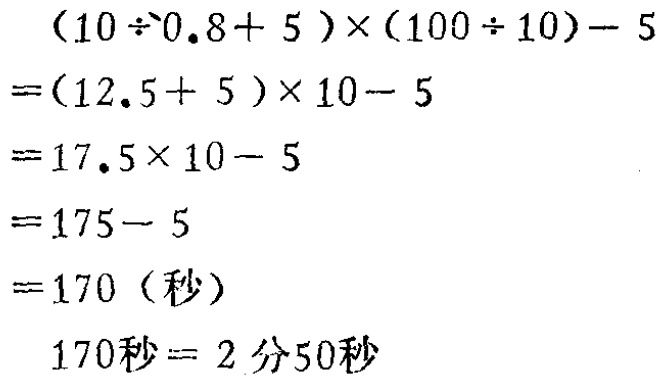
\[
\begin{align*}
&(10\div0.8 + 5)\times(100\div10)-5\\
=&(12.5 + 5)\times10-5\\
=&17.5\times10-5\\
=&175-5\\
=&170(\text{秒})\\
\end{align*}
\]
\(170\text{秒}=2\text{分}50\text{秒}\)